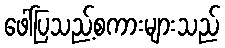
ဖေါ်ပြသည့်စကားများသည်